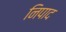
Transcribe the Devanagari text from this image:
निपाद